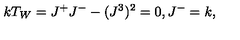
k T _ { W } = J ^ { + } J ^ { - } - ( J ^ { 3 } ) ^ { 2 } = 0 , J ^ { - } = k ,